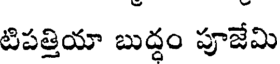
టిపత్తియా బుద్ధం పూజేమి